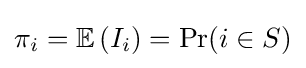
\pi _{i}=\operatorname {\mathbb {E} } \left(I_{i}\right)=\Pr(i\in S)